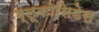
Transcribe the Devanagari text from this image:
ग्लूकोसिडेस